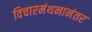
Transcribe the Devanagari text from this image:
विचारमंथनानंतर